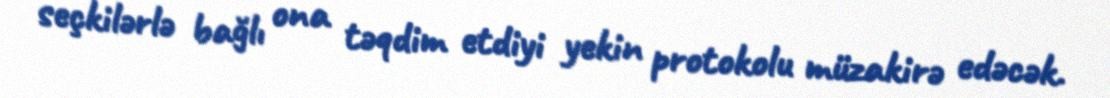
seçkilərlə bağlı ona təqdim etdiyi yekin protokolu müzakirə edəcək.